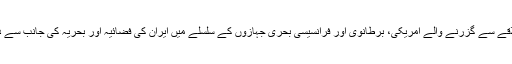
مذکورہ دستاویزی فلم میں پہلی بار خلیج فارس کے علاقے سے گزرنے والے امریکی، برطانوی اور فرانسیسی بحری جہازوں کے سلسلے میں ایران کی فضائیہ اور بحریہ کی جانب سے ذریعے رصد کیے جانے کی تصاویر دکھائی گئی ہیں۔